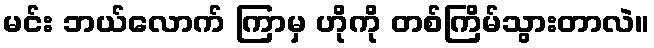
မင်း ဘယ်လောက် ကြာမှ ဟိုကို တစ်ကြိမ်သွားတာလဲ။